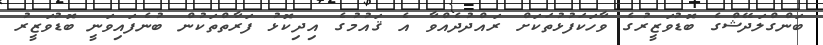
ބަންގްލަދޭޝްގެ ބޮޑުވަޒީރުގެ ވާހަކަފުޅުތަކަށް ރައްދުދެއްވާ އެ ޤައުމުގެ އިދިކޮޅު ފަރާތްތަކުން ބުނެފައިވަނީ ބޮޑުވަޒީރު